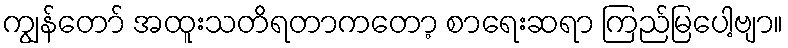
ကျွန်တော် အထူးသတိရတာကတော့ စာရေးဆရာ ကြည်မြပေါ့ဗျာ။